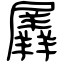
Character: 羼